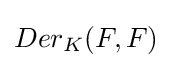
Der_{K}(F,F)